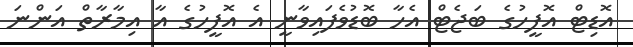
އޮޑިޓް އޮފީހުގެ ބަޖެޓް އެހާ ބޮޑުވެފައިވާނީ އެ އޮފީހުގެ އާ އިމާރާތް އަންނަ